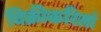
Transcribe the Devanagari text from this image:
विक्रीकरितां